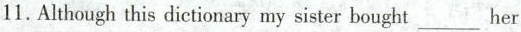
11.Although this dictionary my sister bought___her